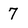
Character: 7